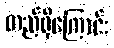
တည်ရှိကြောင်း